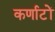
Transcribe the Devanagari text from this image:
कर्णाटों